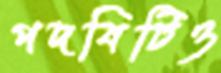
পদবিটিও